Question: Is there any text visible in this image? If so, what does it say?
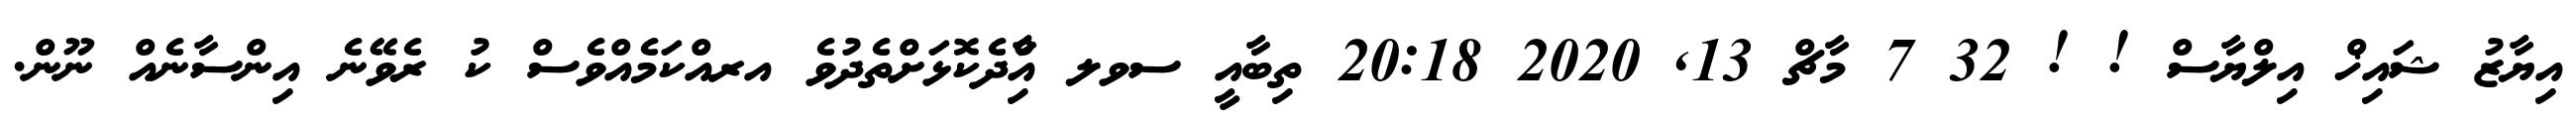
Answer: އިޔާޒު ޝައިޚް އިލްޔާސް ! ! 32 7 މާޗް 13, 2020 20:18 ތިބާއީ ސވލ އާްިދެކޮޅަށްތެދުވެ އރއްކަމެއްވެސް ކު ރެވޭނެ އިންސާނެއް ނޫން.